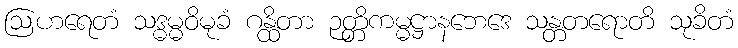
ဩဟရေတံ သဒ္ဓမ္မဝိမုခံ ဂန္ထိတာ ဉတ္တိကမ္မဋ္ဌာနဘေဒေ သန္တတရောတိ သုခိတံ